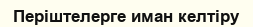
Періштелерге иман келтіру